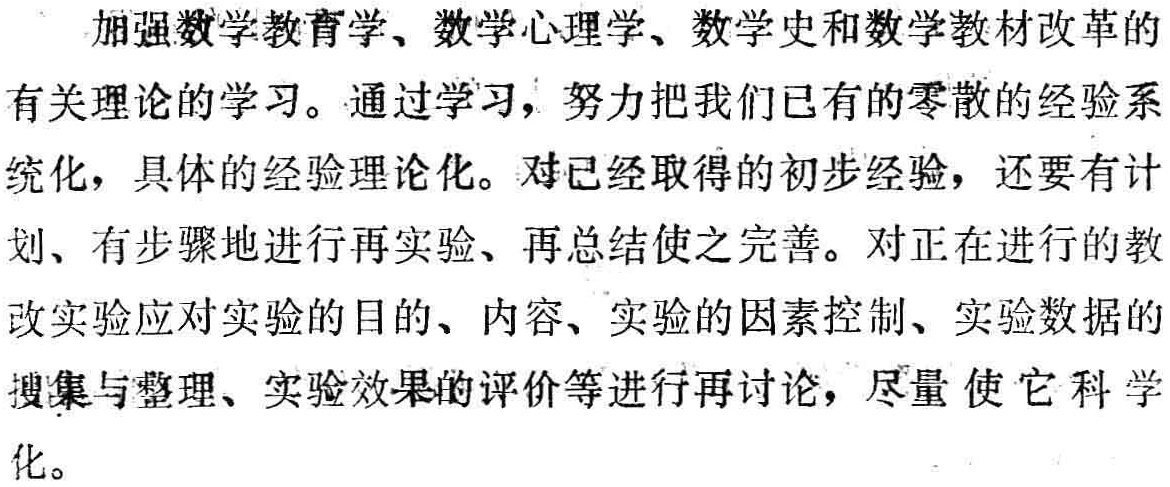
加强数学教育学、数学心理学、数学史和数学教材改革的
有关理论的学习。通过学习，努力把我们已有的零散的经验系
统化，具体的经验理论化。对已经取得的初步经验，还要有计
划、有步骤地进行再实验、再总结使之完善。对正在进行的教
改实验应对实验的目的、内容、实验的因素控制、实验数据的
搜集与整理、实验效果的评价等进行再讨论，尽量使它科学
化。